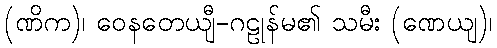
(ဏိက)၊ ဝေနတေယျီ-ဂဠုန်မ၏ သမီး (ဏေယျ)၊